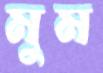
মুম